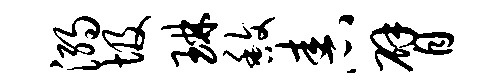
溺圾琳馥舂臂